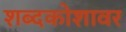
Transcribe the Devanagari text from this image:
शब्दकोशावर